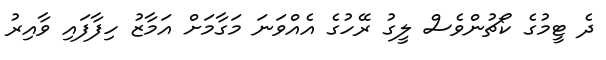
ދެ ޓީމުގެ ކޯޗުންވެސް ލީގު ރޭހުގެ އެއްވަނަ މަގާމަށް އަމާޒު ހިފާފައި ވާއިރު